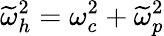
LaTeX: \widetilde{\omega}_{h}^{2}=\omega_{c}^{2}+\widetilde{\omega}_{p}^{2}